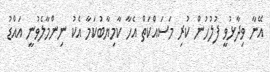
އޭނާ ވިދާޅުވީ ފުލުހުން ކުރި މަސައްކަތް އެހާ ކާމިޔާބުކަމާ އެކު ނިންމާލެވުނީ އައްޑު